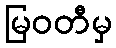
မြဝတီမှ